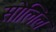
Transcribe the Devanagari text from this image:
सोलिल